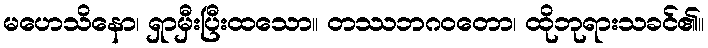
မဟေသိနော၊ ရှာမှီးပြီးထသော။ တဿဘဂဝတော၊ ထိုဘုရားသခင်၏။